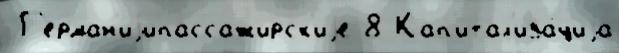
 Г'ерман'иjипассажирск'иjе 8 Кап'итал'иза́циjа